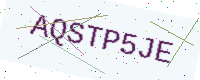
Text: AQSTP5JE